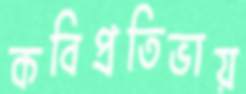
কবিপ্রতিভায়